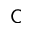
{ \mathsf C }